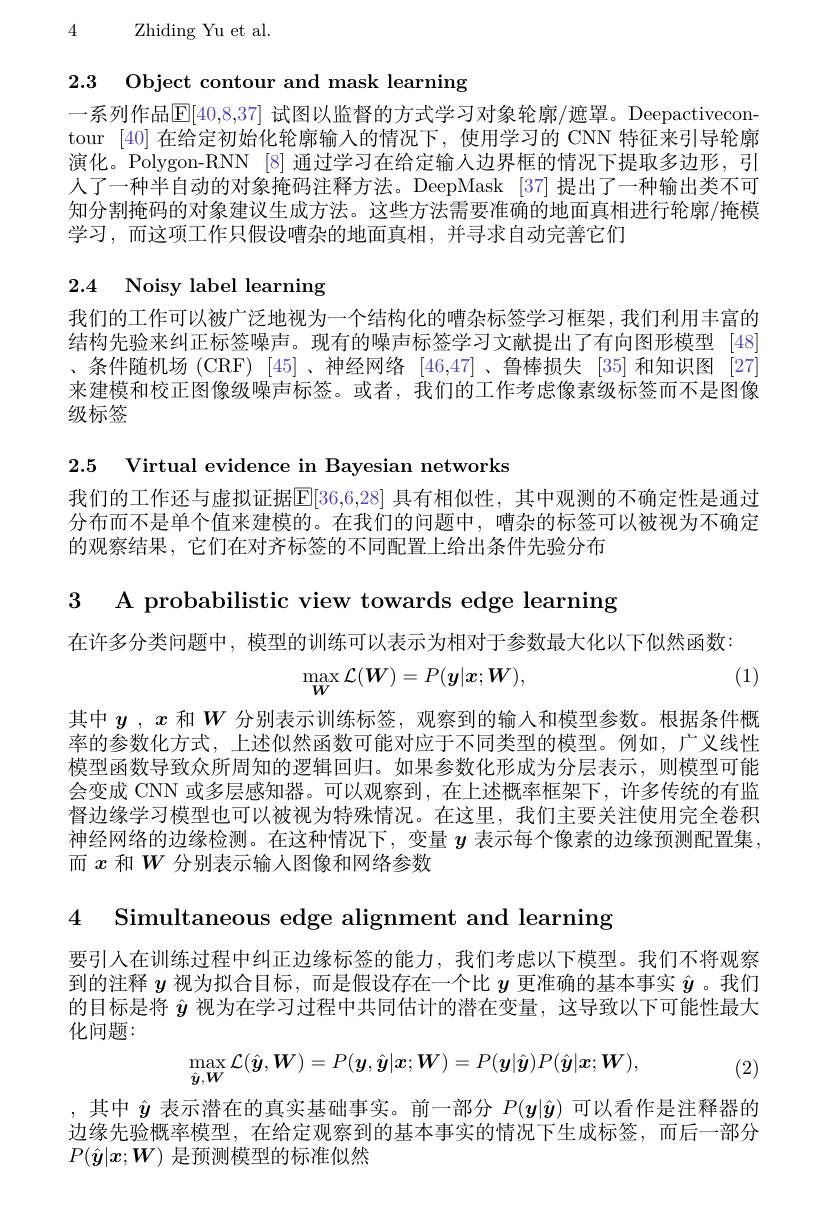
4 Zhiding Yu et al.

2.3 Object contour and mask learning

一系列作品$\overline{\mathbb{E}}[40,8,37]$ 试图以监督的方式学习对象轮廓/遮罩。Deepactivecontour [40]在给定初始化轮廓输入的情况下，使用学习的 CNN 特征来引导轮廓演化。Polygon-RNN [8] 通过学习在给定输入边界框的情况下提取多边形，引人了一种半自动的对象掩码注释方法。DeepMask [37] 提出了一种输出类不可知分割掩码的对象建议生成方法。这些方法需要准确的地面真相进行轮廓/掩模学习，而这项工作只假设嘈杂的地面真相，并寻求自动完善它们

# 2.4 Noisy label learning

我们的工作可以被广泛地视为一个结构化的嘈杂标签学习框架，我们利用丰富的结构先验来纠正标签噪声。现有的噪声标签学习文献提出了有向图形模型 [48] 、条件随机场(CRF) [45]、神经网络 [46,47]、鲁棒损失 [35]和知识图 [27来建模和校正图像级噪声标签。或者，我们的工作考虑像素级标签而不是图像级标签

2.5 Virtual evidence in Bayesian networks

我们的工作还与虚拟证据$\boxed{\mathrm{E}}[36,6,28]$ 具有相似性，其中观测的不确定性是通过分布而不是单个值来建模的。在我们的问题中，嘈杂的标签可以被视为不确定的观察结果，它们在对齐标签的不同配置上给出条件先验分布

3 A probabilistic view towards edge learning

在许多分类问题中，模型的训练可以表示为相对于参数最大化以下似然函数：
$$\max_{\boldsymbol{W}}\mathcal{L}(\boldsymbol{W})=P(\boldsymbol{y}|\boldsymbol{x};\boldsymbol{W}),$$
(1)

其中$y$ , $x$和$W$分别表示训练标签，观察到的输入和模型参数。根据条件概率的参数化方式，上述似然函数可能对应于不同类型的模型。例如，广义线性模型函数导致众所周知的逻辑回归。如果参数化形成为分层表示，则模型可能会变成 CNN 或多层感知器。可以观察到，在上述概率框架下，许多传统的有监督边缘学习模型也可以被视为特殊情况。在这里，我们主要关注使用完全卷积神经网络的边缘检测。在这种情况下，变量$y$表示每个像素的边缘预测配置集， 而$x$和$W$分别表示输入图像和网络参数

4 Simultaneous edge alignment and learning

要引人在训练过程中纠正边缘标签的能力，我们考虑以下模型。我们不将观察到的注释$y$视为拟合目标，而是假设存在一个比$y$更准确的基本事实$\hat{y}$ 。我们的目标是将$\hat{y}$视为在学习过程中共同估计的潜在变量，这导致以下可能性最大化问题：
(2)
$$\max_{\hat{\boldsymbol{y}},\boldsymbol{W}}\mathcal{L}(\hat{\boldsymbol{y}},\boldsymbol{W})=P(\boldsymbol{y},\hat{\boldsymbol{y}}|\boldsymbol{x};\boldsymbol{W})=P(\boldsymbol{y}|\hat{\boldsymbol{y}})P(\hat{\boldsymbol{y}}|\boldsymbol{x};\boldsymbol{W}),$$
,其中$\hat{y}$表示潜在的真实基础事实。前一部分$P(\boldsymbol{y}|\hat{\boldsymbol{y}})$可以看作是注释器的边缘先验概率模型，在给定观察到的基本事实的情况下生成标签，而后一部分$P(\hat{\boldsymbol{y}}|\boldsymbol{x};\boldsymbol{W})$是预测模型的标准似然